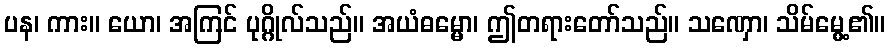
ပန၊ ကား။ ယော၊ အကြင် ပုဂ္ဂိုလ်သည်။ အယံဓမ္မော၊ ဤတရားတော်သည်။ သဏှော၊ သိမ်မွေ့၏။